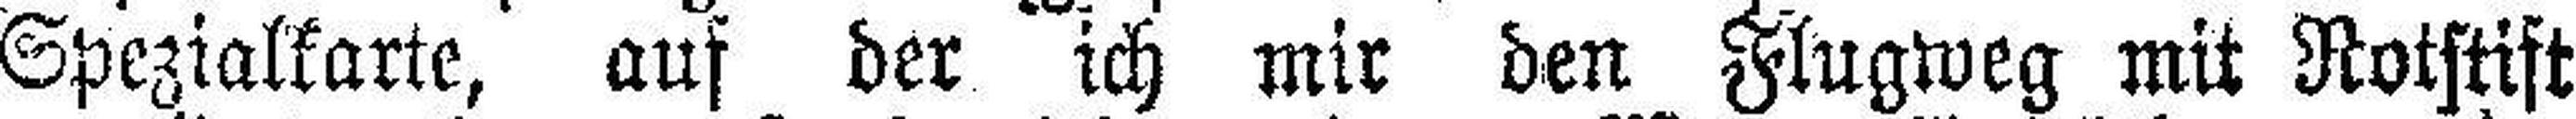
Spezialkarte, auf der ich mir den Flugweg mit Rotstift